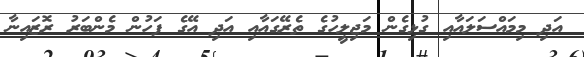
އަދި މިމައްސަލައާއި ގުޅިގެން މަޖިލީހުގެ ތެރޭގައާއި އަދި އޭގެ ފަހުން މެންބަރު ރޮޒައިނާ